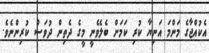
އެކުއްޖާގެ މަންމަ އަނިޔާ ކުރި ކަމަށް ބެލެވެނީ މީގެ ދެތިން ދުވަސް ކުރިންނެވެ.